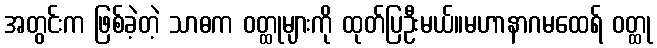
အတွင်းက ဖြစ်ခဲ့တဲ့ သာဓက ဝတ္ထုများကို ထုတ်ပြဦးမယ်။မဟာနာဂမထေရ် ဝတ္ထု